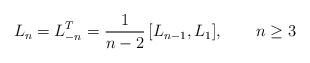
\begin{align*}L_n=L_{-n}^T={1\over n-2}\,[L_{n-1},L_1],\qquad n\ge 3\end{align*}